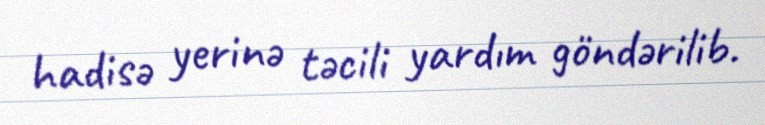
hadisə yerinə təcili yardım göndərilib.